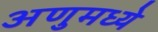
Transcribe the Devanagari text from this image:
अणुमध्ये